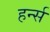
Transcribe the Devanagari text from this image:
हर्न्स